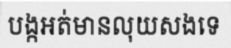
បង្កអត់មានលុយសងទេ